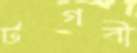
টগবী